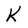
Character: K